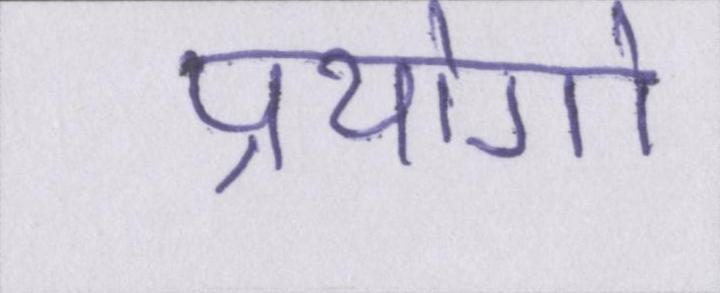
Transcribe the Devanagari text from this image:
प्रयोगो